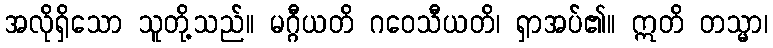
အလိုရှိသော သူတို့သည်။ မဂ္ဂီယတိ ဂဝေသီယတိ၊ ရှာအပ်၏။ ဣတိ တသ္မာ၊